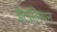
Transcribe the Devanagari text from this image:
ईटालियन